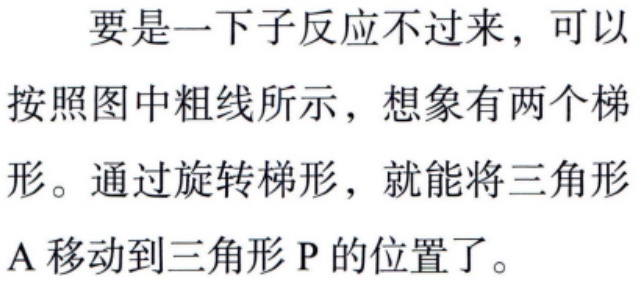
要是一下子反应不过来，可以

按照图中粗线所示，想象有两个梯

形。通过旋转梯形，就能将三角形

A 移动到三角形 P 的位置了。